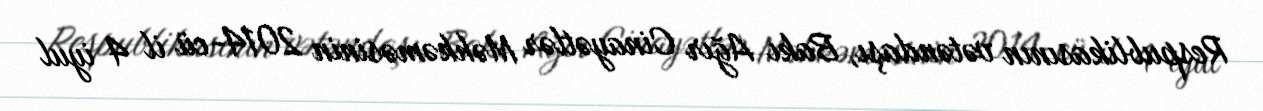
Respublikasının vətəndaşı, Bakı Ağır Cinayətlər Məhkəməsinin 2014-cü il 4 iyul